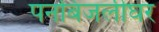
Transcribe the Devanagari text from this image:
पनबिजलीघर